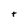
Character: t